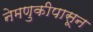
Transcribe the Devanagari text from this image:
नेमणुकीपासून